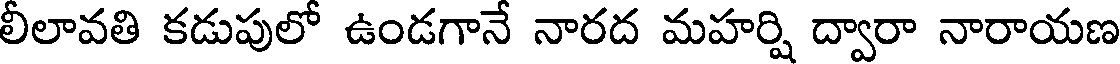
లీలావతి కడుపులో ఉండగానే నారద మహర్షి ద్వారా నారాయణ